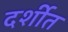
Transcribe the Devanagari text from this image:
दर्शीत